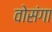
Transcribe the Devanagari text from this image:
वोसंगा